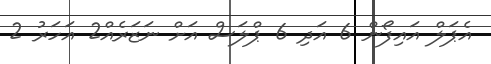
އެޕަލް އައިފޯން 6 އަދި 6 ޕްލަސް އަށް ނަޒަރެއް2 އަހަރު 2